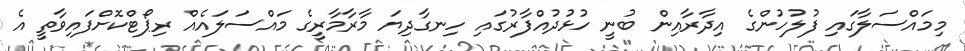
މިމައްސަލާގައި ފުލުހުންގެ އިދާރާއިން ބުނީ ހުޅުދުއްފާރުގައި ހިނގާދިޔަ މާރާމާރީގެ މައްސަލައެއް ރިޕޯޓްކޮށްފައިވާތީ އެ